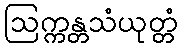
ဩက္ကန္တသံယုတ္တံ